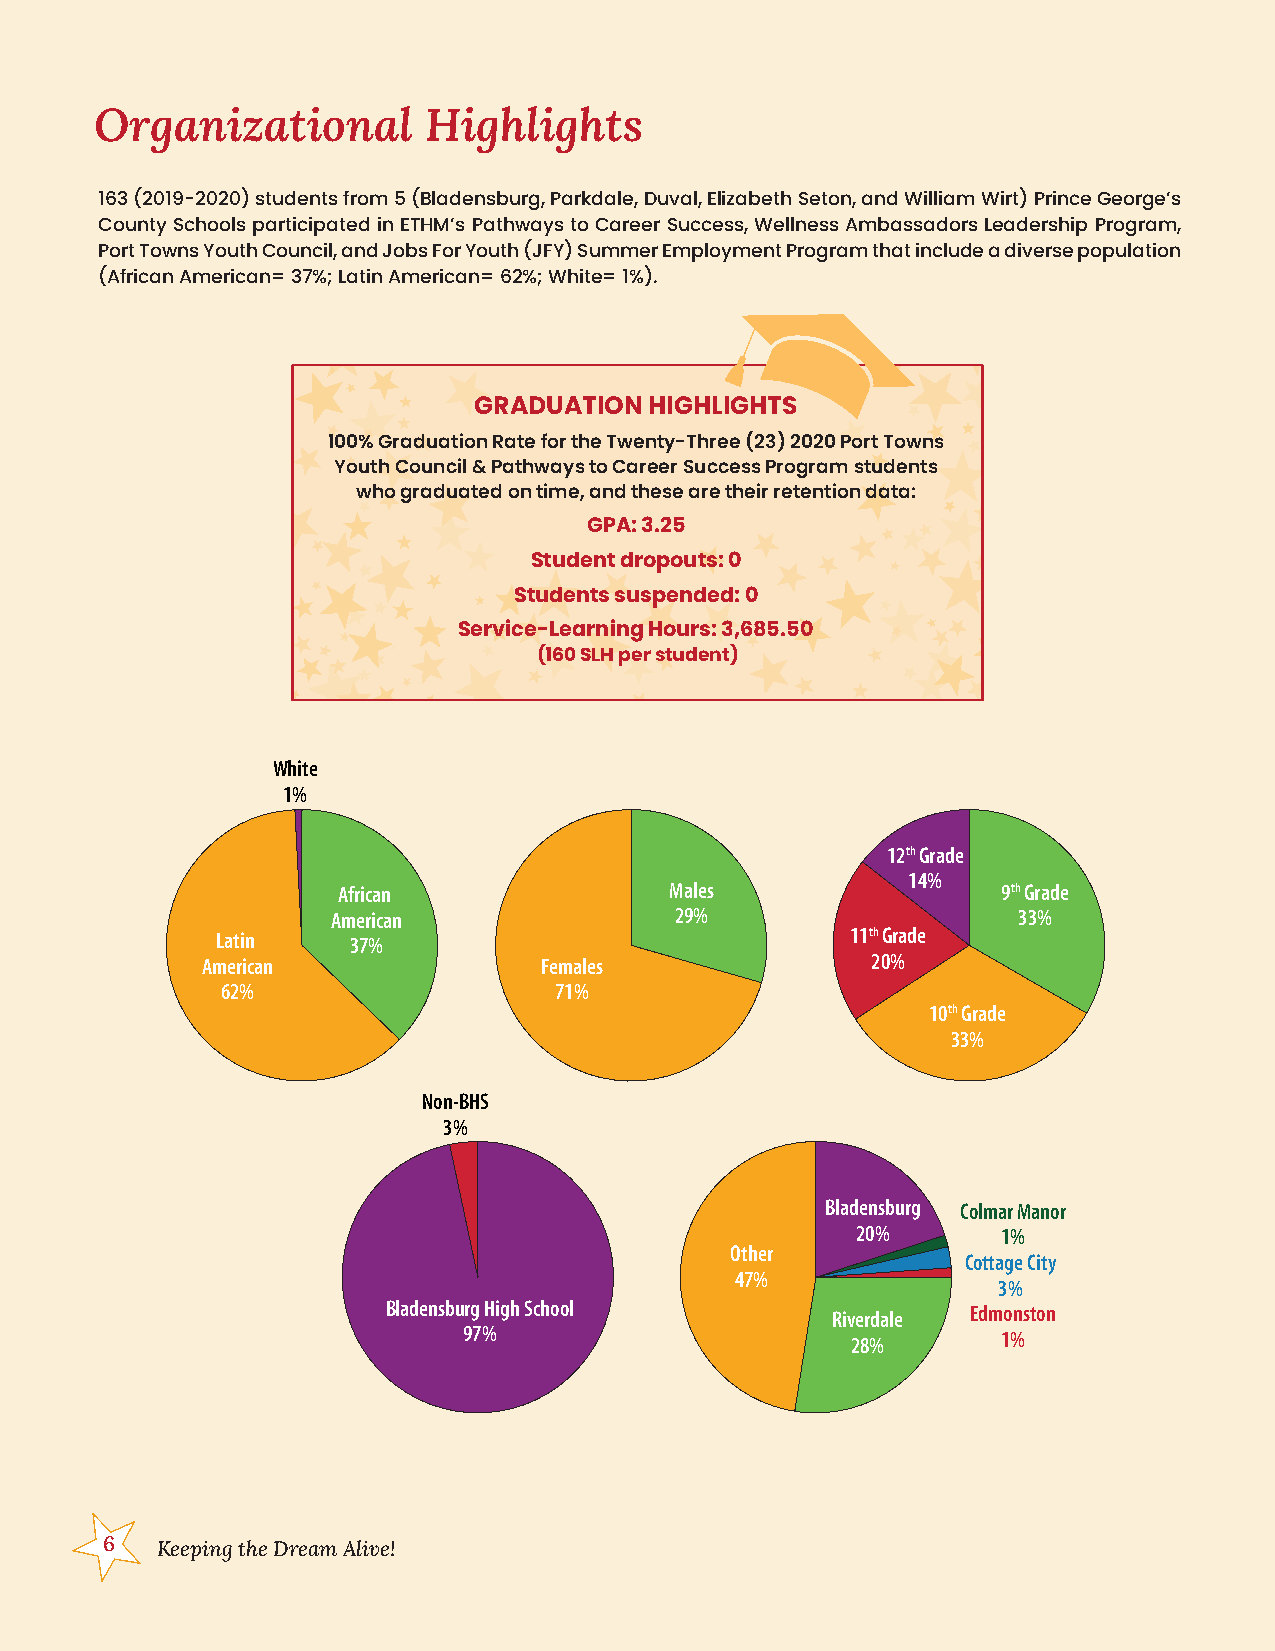
Organizational        Highlights
 163 (2019-2020) students from 5 (Bladensburg, Parkdale, Duval, Elizabeth Seton, and William Wirt) Prince George’s
 County Schools participated in ETHM’s Pathways to Career Success, Wellness Ambassadors Leadership Program,
 Port Towns Youth Council, and Jobs For Youth (JFY) Summer Employment Program that include a diverse population
 (African American= 37%; Latin American= 62%; White= 1%).
 GRADUATION  HIGHLIGHTS
 100% Graduation Rate for the Twenty-Three (23) 2020 Port Towns
 Youth Council & Pathways to Career Success Program students
 who graduated on time, and these are their retention data:
 GPA: 3.25
 Student dropouts: 0
 Students suspended: 0
 Service-Learning Hours: 3,685.50
 (160 SLH per student)
 White
 1%
 12th Grade
 14%
 African               Males                 9th Grade
 American               29%                   33%
 Latin    37%                              11th Grade
 American               Females               20%
 62%                   71%
 10th Grade
 33%
 Non-BHS
 3%
 Bladensburg Colmar Manor
 20%      1%
 Other
 Cottage City
 47%
 3%
 Bladensburg High School               Edmonston
 Riverdale
 97%                                1%
 28%
 6  Keeping the Dream Alive!